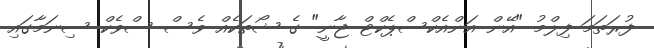
ފުރަތަމަ ފިލްމު "އޭން އަންއެކްސްޕެކްޓް ޖާނީ" ގެ ޝޯތަކެއް ވެސް ސްވެކް ސިނަމާގައި